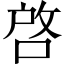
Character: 啓